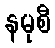
နမုစီ